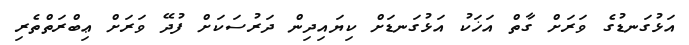
އަޅުގަނޑުގެ ވަރަށް ގާތް އަޚަކު އަޅުގަނޑަށް ކިޔައިދިން ދަރުސަކަށް ފުދޭ ވަރަށް ޢިބްރަތްތެރި